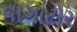
વાગાટોર